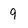
Character: 9